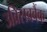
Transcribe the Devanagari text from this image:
उक्र्सिबबैंक